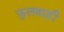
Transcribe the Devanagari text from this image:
फुलबाड़ी